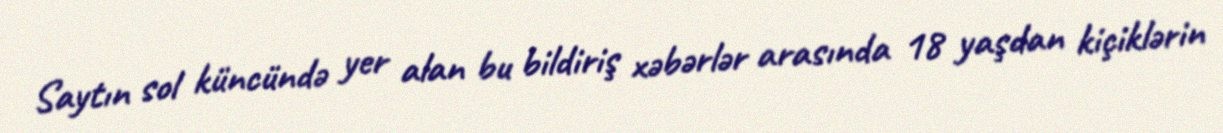
Saytın sol küncündə yer alan bu bildiriş xəbərlər arasında 18 yaşdan kiçiklərin